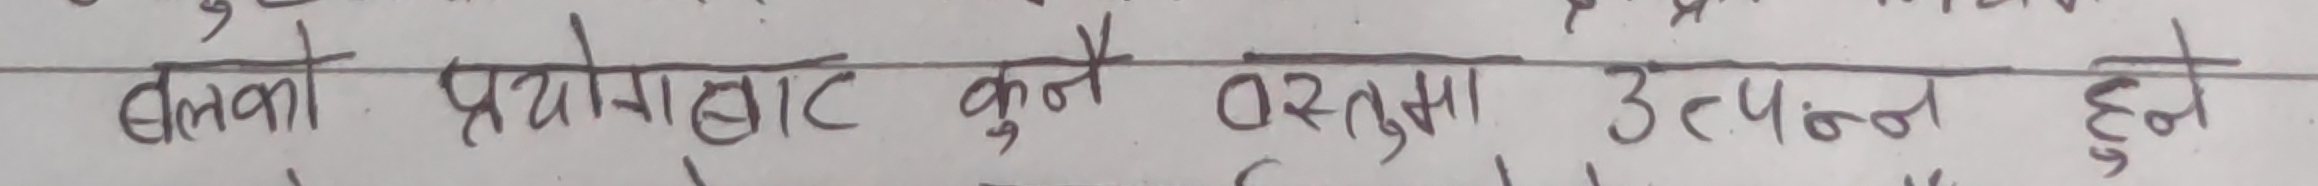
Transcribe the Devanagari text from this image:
ढुंगाको प्रयोगबाट कुनै वस्तुमा उत्पन्न हुने